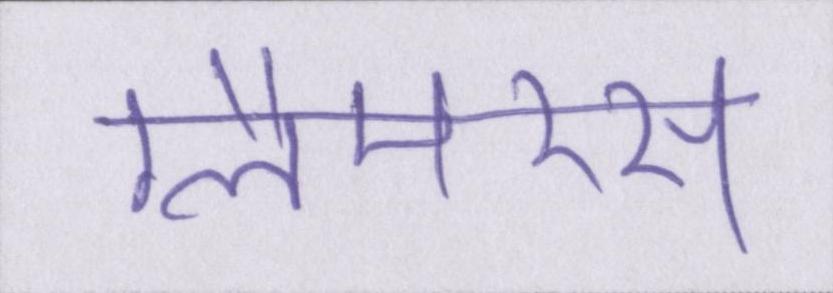
ग्लैमरस